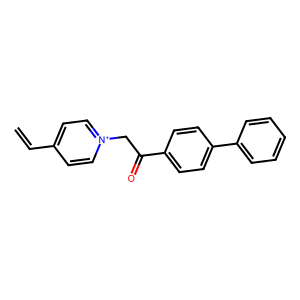
SMILES: C=Cc1cc[n+](CC(=O)c2ccc(-c3ccccc3)cc2)cc1
Inhibits HIV replication: No